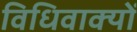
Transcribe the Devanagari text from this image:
विधिवाक्यों